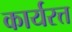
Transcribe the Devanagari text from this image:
कार्यरत्त